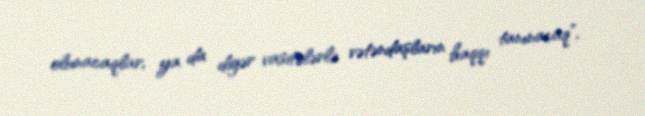
olunacaqlar, ya da digər vasitələrlə vətəndaşların haqqı tanınacaq”.